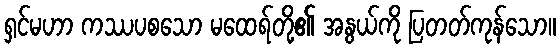
ရှင်မဟာ ကဿပစသော မထေရ်တို့၏ အနွယ်ကို ပြတတ်ကုန်သော။